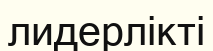
лидерлікті